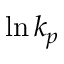
\ln k _ { p }